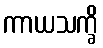
ကာယသက္ခိ